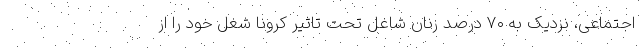
اجتماعی، نزدیک به ۷۰ درصد زنان شاغل تحت تاثیر کرونا شغل خود را از